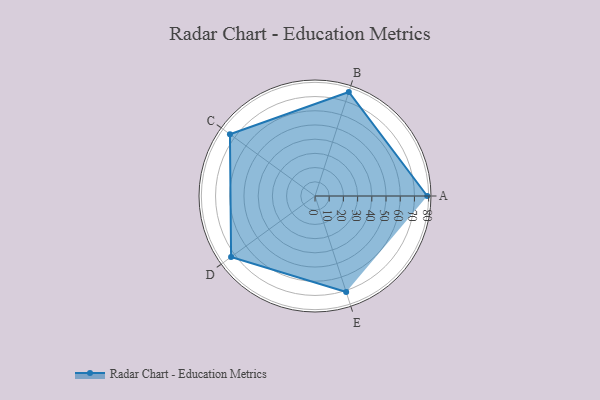
{"axis": {"x": "Skill", "y": "Score"}, "legend": ["Profile"], "data": [{"x": "A", "y": 79.0, "type": "Profile"}, {"x": "B", "y": 77.0, "type": "Profile"}, {"x": "C", "y": 74.0, "type": "Profile"}, {"x": "D", "y": 73.0, "type": "Profile"}, {"x": "E", "y": 71.0, "type": "Profile"}]}